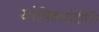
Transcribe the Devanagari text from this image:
यांत्रिकसंदीप्ति